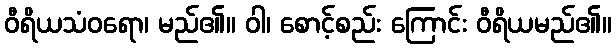
ဝီရိယသံဝရော၊ မည်၏။ ဝါ၊ စောင့်စည်း ကြောင်း ဝီရိယမည်၏။